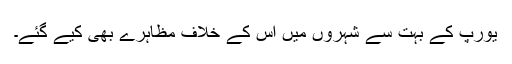
يورپ کے بہت سے شہروں ميں اس کے خلاف مظاہرے بھی کيے گئے۔